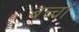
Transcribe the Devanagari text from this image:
बच्चोंं